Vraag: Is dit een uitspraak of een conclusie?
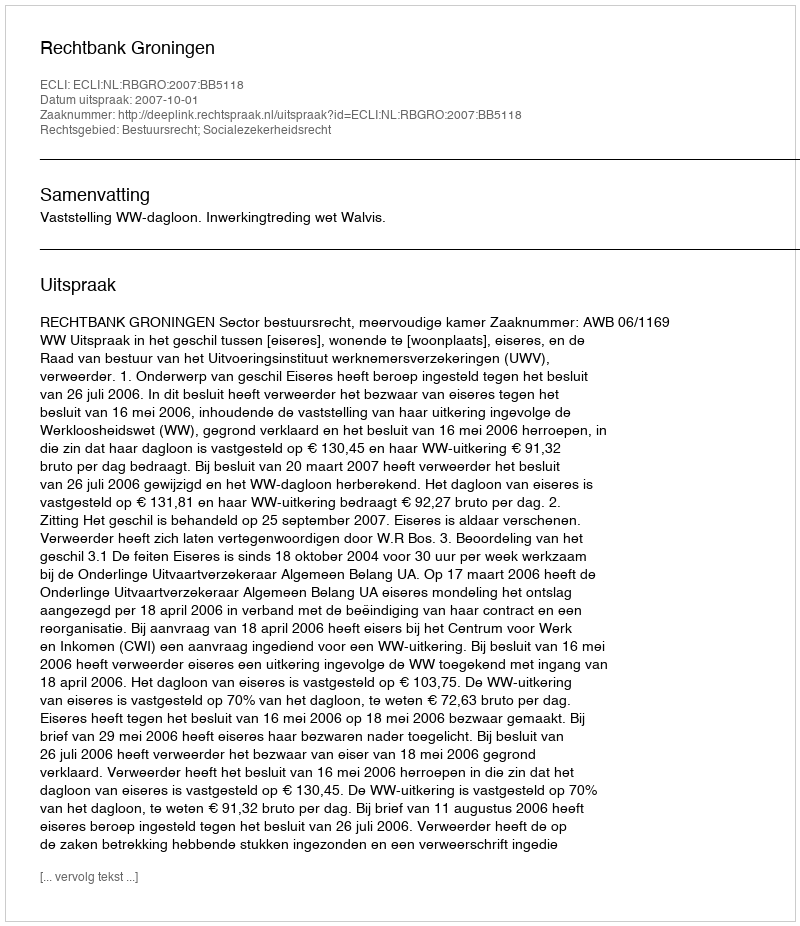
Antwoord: Uitspraak